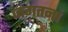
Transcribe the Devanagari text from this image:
जगतनां